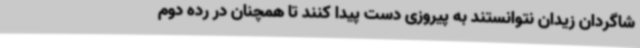
شاگردان زیدان نتوانستند به پیروزی دست پیدا کنند تا همچنان در رده دوم